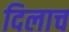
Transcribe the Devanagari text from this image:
दिलाच